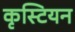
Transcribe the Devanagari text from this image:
कृस्टियन